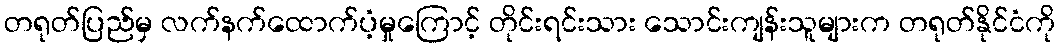
တရုတ်ပြည်မှ လက်နက်ထောက်ပံ့မှုကြောင့် တိုင်းရင်းသား သောင်းကျန်းသူများက တရုတ်နိုင်ငံကို